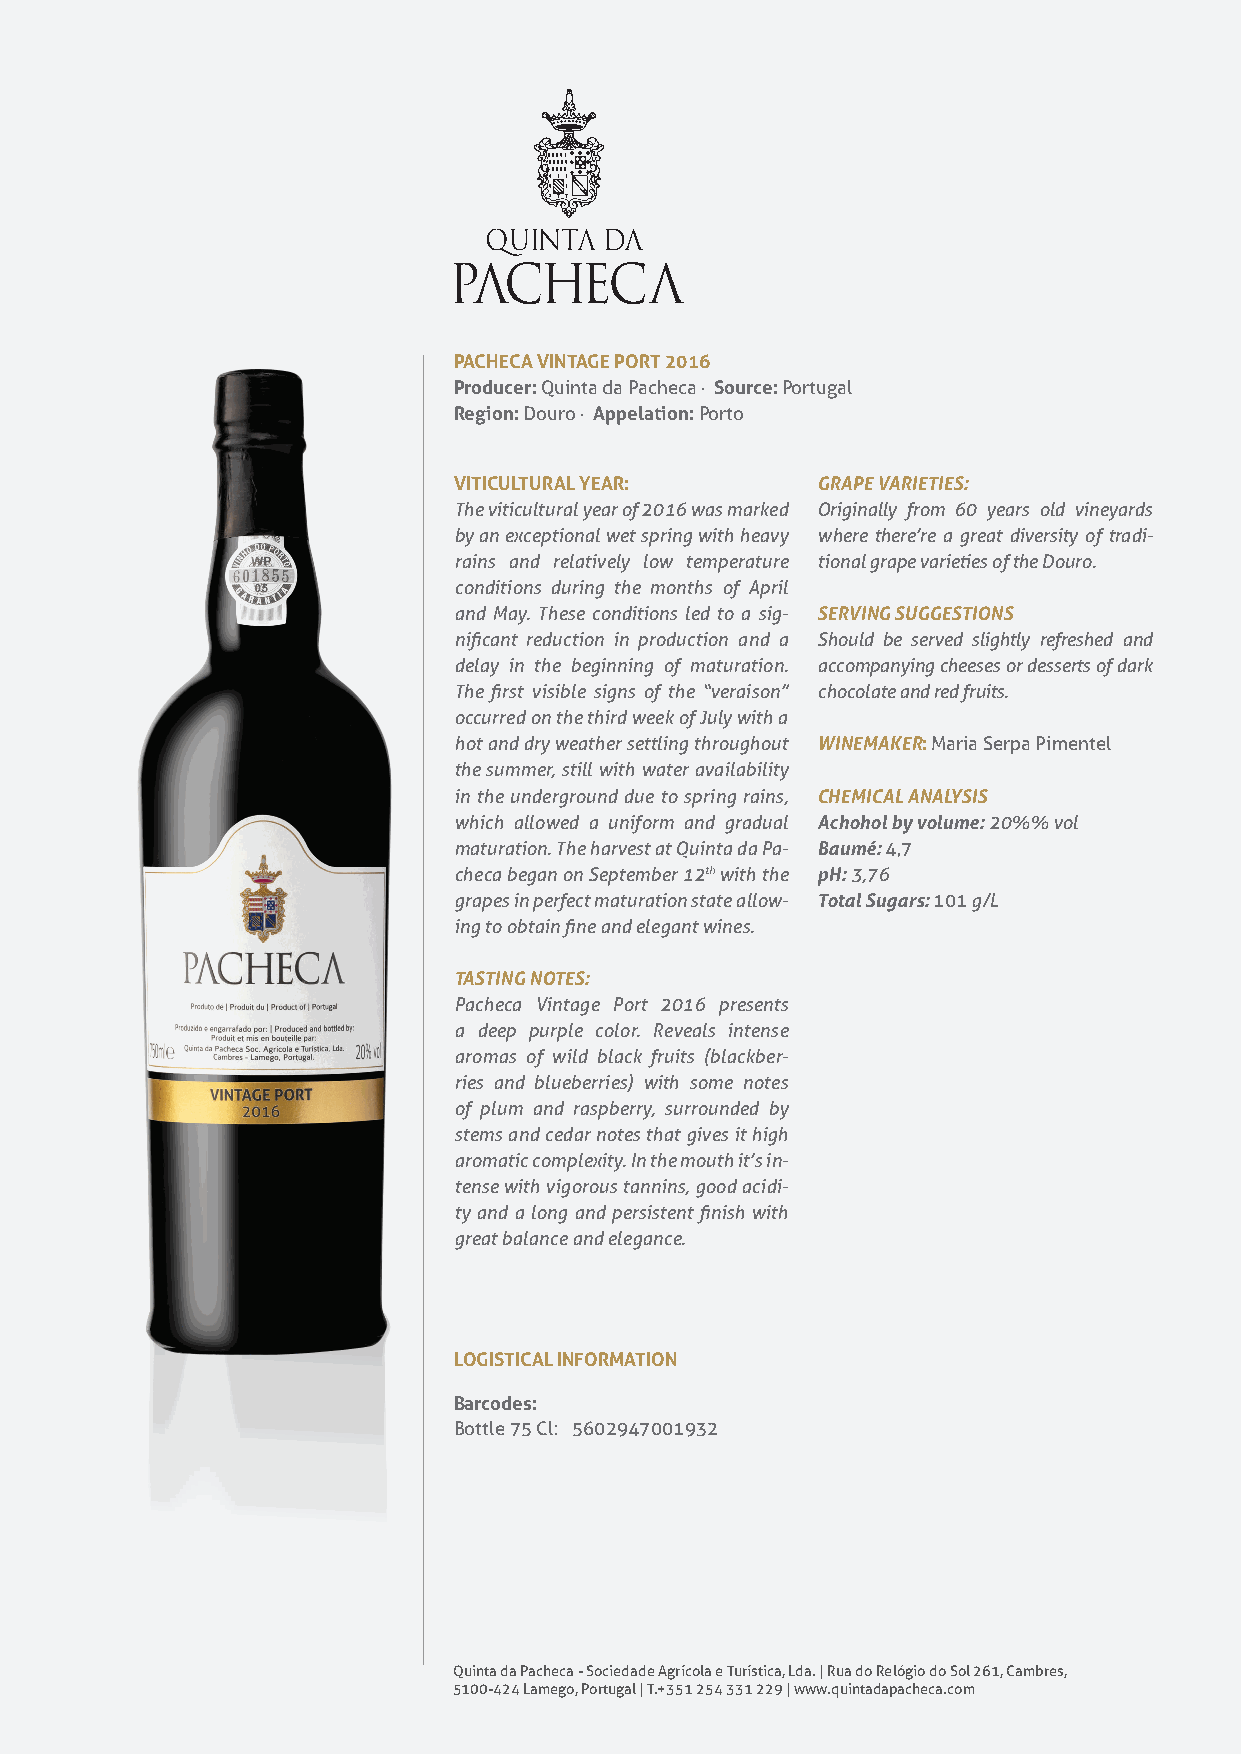
PACHECA VINTAGE PORT 2016
 Producer: Quinta da Pacheca · Source: Portugal
 Region: Douro · Appelation: Porto
 VITICULTURAL YEAR:      GRAPE VARIETIES:
 The viticultural year of 2016 was marked Originally from 60 years old vineyards
 by an exceptional wet spring with heavy where there’re a great diversity of tradi-
 rains and relatively low temperature tional grape varieties of the Douro.
 conditions during the months of April
 and May. These conditions led to a sig- SERVING SUGGESTIONS
 nificant reduction in production and a Should be served slightly refreshed and
 delay in the beginning of maturation. accompanying cheeses or desserts of dark
 The first visible signs of the “veraison” chocolate and red fruits.
 occurred on the third week of July with a
 hot and dry weather settling throughout WINEMAKER: Maria Serpa Pimentel
 the summer, still with water availability
 in the underground due to spring rains, CHEMICAL ANALYSIS
 which allowed a uniform and gradual Achohol by volume: 20%% vol
 maturation. The harvest at Quinta da Pa- Baumé: 4,7
 checa began on September 12th with the pH: 3,76
 grapes in perfect maturation state allow- Total Sugars: 101 g/L
 ing to obtain fine and elegant wines.
 TASTING NOTES:
 Pacheca Vintage Port 2016 presents
 a deep purple color. Reveals intense
 aromas of wild black fruits (blackber-
 ries and blueberries) with some notes
 of plum and raspberry, surrounded by
 stems and cedar notes that gives it high
 aromatic complexity. In the mouth it’s in-
 tense with vigorous tannins, good acidi-
 ty and a long and persistent finish with
 great balance and elegance.
 LOGISTICAL INFORMATION
 Barcodes:
 Bottle 75 Cl: 5602947001932
 Quinta da Pacheca - Sociedade Agrícola e Turística, Lda. | Rua do Relógio do Sol 261, Cambres,
 5100-424 Lamego, Portugal | T.+351 254 331 229 | www.quintadapacheca.com